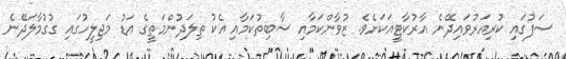
ސަފުގައި ކުރިއަރުވައިދޭނެ އާރުކާޓީއަކަށެވެ. ޒުވާންކަމާއި ސާބިތުކަމާއި އެކު ތިލަދުންމަތީގެ އަޑު މަޖިލީހުގައި ގުގުމާލަދޭނެ